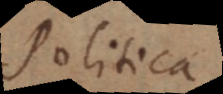
Politica